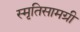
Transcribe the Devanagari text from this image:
स्मृतिसामग्री